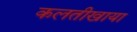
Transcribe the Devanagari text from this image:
कलतीखाया